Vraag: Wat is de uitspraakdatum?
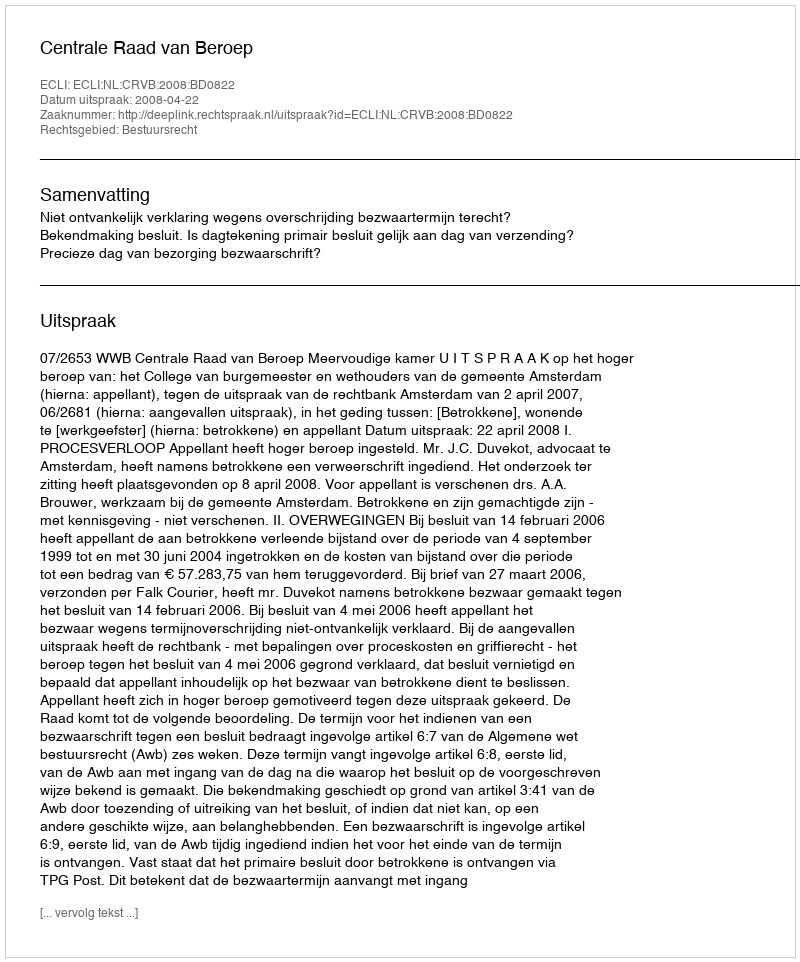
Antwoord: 2008-04-22